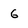
Character: 6